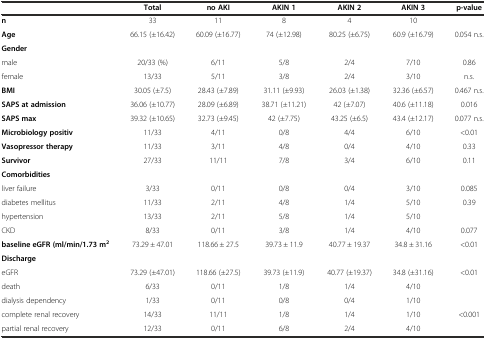
<table><thead><tr><td></td><td><b>Total</b></td><td><b>no AKI</b></td><td><b>AKIN 1</b></td><td><b>AKIN 2</b></td><td><b>AKIN 3</b></td><td><b>p-value</b></td></tr></thead><tbody><tr><td><b>n</b></td><td>33</td><td>11</td><td>8</td><td>4</td><td>10</td><td></td></tr><tr><td><b>Age</b></td><td>66.15 (±16.42)</td><td>60.09 (±16.77)</td><td>74 (±12.98)</td><td>80.25 (±6.75)</td><td>60.9 (±16.79)</td><td>0.054 n.s.</td></tr><tr><td><b>Gender</b></td><td></td><td></td><td></td><td></td><td></td><td></td></tr><tr><td>male</td><td>20/33 (%)</td><td>6/11</td><td>5/8</td><td>2/4</td><td>7/10</td><td>0.86</td></tr><tr><td>female</td><td>13/33</td><td>5/11</td><td>3/8</td><td>2/4</td><td>3/10</td><td>n.s.</td></tr><tr><td><b>BMI</b></td><td>30.05 (±7.5)</td><td>28.43 (±7.89)</td><td>31.11 (±9.93)</td><td>26.03 (±1.38)</td><td>32.36 (±6.57)</td><td>0.467 n.s.</td></tr><tr><td><b>SAPS at admission</b></td><td>36.06 (±10.77)</td><td>28.09 (±6.89)</td><td>38.71 (±11.21)</td><td>42 (±7.07)</td><td>40.6 (±11.18)</td><td>0.016</td></tr><tr><td><b>SAPS max</b></td><td>39.32 (±10.65)</td><td>32.73 (±9.45)</td><td>42 (±7.75)</td><td>43.25 (±6.5)</td><td>43.4 (±12.17)</td><td>0.077 n.s.</td></tr><tr><td><b>Microbiology positiv</b></td><td>11/33</td><td>4/11</td><td>0/8</td><td>4/4</td><td>6/10</td><td>&lt;0.01</td></tr><tr><td><b>Vasopressor therapy</b></td><td>11/33</td><td>3/11</td><td>4/8</td><td>0/4</td><td>4/10</td><td>0.33</td></tr><tr><td><b>Survivor</b></td><td>27/33</td><td>11/11</td><td>7/8</td><td>3/4</td><td>6/10</td><td>0.11</td></tr><tr><td><b>Comorbidities</b></td><td></td><td></td><td></td><td></td><td></td><td></td></tr><tr><td>liver failure</td><td>3/33</td><td>0/11</td><td>0/8</td><td>0/4</td><td>3/10</td><td>0.085</td></tr><tr><td>diabetes mellitus</td><td>11/33</td><td>2/11</td><td>4/8</td><td>1/4</td><td>5/10</td><td>0.39</td></tr><tr><td>hypertension</td><td>13/33</td><td>2/11</td><td>5/8</td><td>1/4</td><td>5/10</td><td></td></tr><tr><td>CKD</td><td>8/33</td><td>0/11</td><td>3/8</td><td>1/4</td><td>4/10</td><td>0.077</td></tr><tr><td><b>baseline eGFR (ml/min/1.73 m</b><sup><b>2</b></sup></td><td>73.29 ± 47.01</td><td>118.66 ± 27.5</td><td>39.73 ± 11.9</td><td>40.77 ± 19.37</td><td>34.8 ± 31.16</td><td>&lt;0.01</td></tr><tr><td><b>Discharge</b></td><td></td><td></td><td></td><td></td><td></td><td></td></tr><tr><td>eGFR</td><td>73.29 (±47.01)</td><td>118.66 (±27.5)</td><td>39.73 (±11.9)</td><td>40.77 (±19.37)</td><td>34.8 (±31.16)</td><td>&lt;0.01</td></tr><tr><td>death</td><td>6/33</td><td>0/11</td><td>1/8</td><td>1/4</td><td>4/10</td><td></td></tr><tr><td>dialysis dependency</td><td>1/33</td><td>0/11</td><td>0/8</td><td>0/4</td><td>1/10</td><td></td></tr><tr><td>complete renal recovery</td><td>14/33</td><td>11/11</td><td>1/8</td><td>1/4</td><td>1/10</td><td>&lt;0.001</td></tr><tr><td>partial renal recovery</td><td>12/33</td><td>0/11</td><td>6/8</td><td>2/4</td><td>4/10</td><td></td></tr></tbody></table>